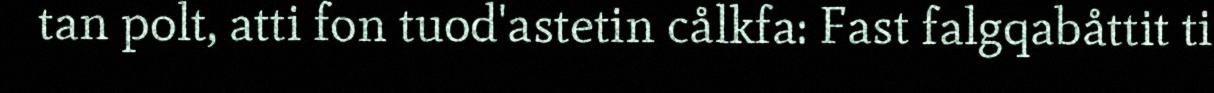
tan polt, atti fon tuod'astetin cålkfa: Fast falgqabåttit ti